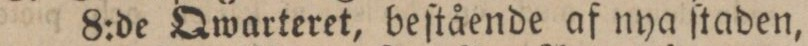
8:de Qwarteret, beſtående af nya ſtaden,